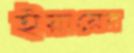
ইয়ারের